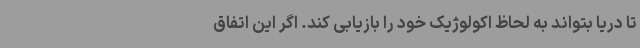
تا دریا بتواند به لحاظ اکولوژیک خود را بازیابی کند. اگر این اتفاق